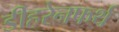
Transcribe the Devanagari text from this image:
डीहरेनफर्थ